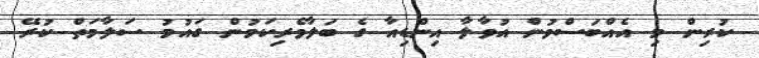
ކުރިން މި އެއްބަސްވުން އުވާލާ އިންޑިއާ ގެ ބަލާވެރިކަމުން ގައުމު ސަލާމަތް ކުރޭ